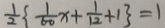
\frac { 1 } { 2 } \{ \frac { 1 } { 6 0 } x + \frac { 1 } { 1 2 } + 1 \} = 1